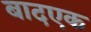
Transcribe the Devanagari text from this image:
बादएक